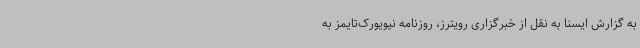
به گزارش ایسنا به نقل از خبرگزاری رویترز، روزنامه نیویورک‌تایمز به